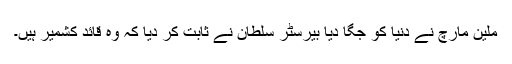
ملین مارچ نے دنیا کو جگا دیا بیرسٹر سلطان نے ثابت کر دیا کہ وہ قائد کشمیر ہیں۔